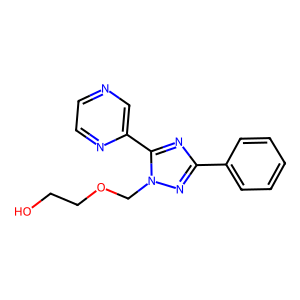
SMILES: OCCOCn1nc(-c2ccccc2)nc1-c1cnccn1
Inhibits HIV replication: No